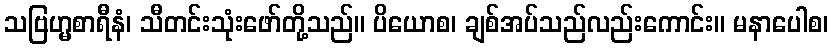
သဗြဟ္မစာရီနံ၊ သီတင်းသုံးဖော်တို့သည်။ ပိယောစ၊ ချစ်အပ်သည်လည်းကောင်း။ မနာပေါစ၊